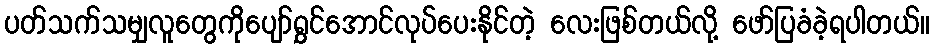
ပတ်သက်သမျှလူတွေကိုပျော်ရွှင်အောင်လုပ်ပေးနိုင်တဲ့ လေးဖြစ်တယ်လို့ ဖော်ပြခံခဲ့ရပါတယ်။